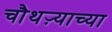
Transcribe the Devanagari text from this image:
चौथऱ्याच्या